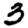
Digit: 3